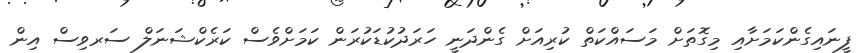
ފީނައިގެންކަމަށާއި މިގޮތަށް މަސައްކަތް ކުރިއަށް ގެންދަނީ ހަރަދުކުޑަކުރަން ކަމަށްވެސް ކަރެކްޝަނަލް ސަރވިސް އިން